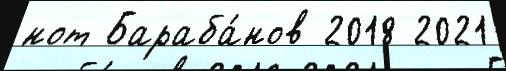
нот Бараба́нов 2018 2021